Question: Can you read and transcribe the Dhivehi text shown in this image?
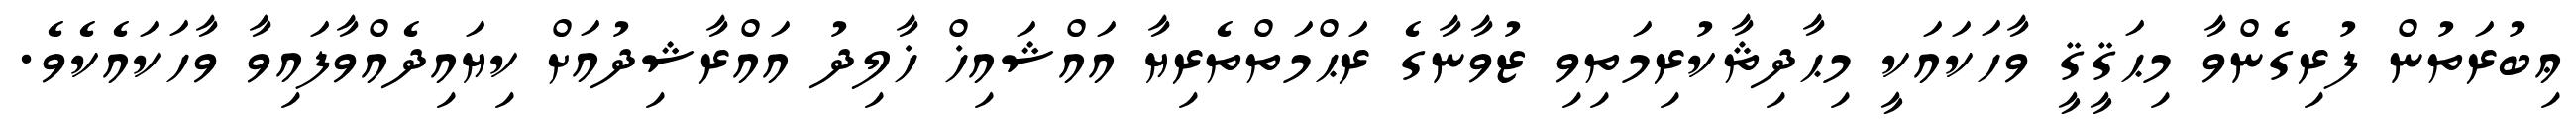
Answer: ޢިބުރަތުން ފުރިގެންވާ މިޙަޤީޤީ ވާހަކައަކީ މިޙާދިޘާކުރިމަތިވި ޒުވާނާގެ ރަޙްމަތްތެރިޔާ އައްޝައިޚް ޚާލިދު އައްރާޝިދުއަށް ކިޔައިދެއްވާފައިވާ ވާހަކައެކެވެ.